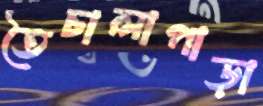
তৈচালাপাড়া